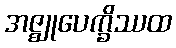
အဇ္ဈုပေက္ခိဿထ